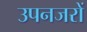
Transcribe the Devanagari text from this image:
उपनजरों